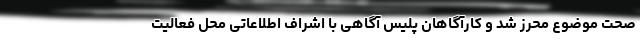
صحت موضوع محرز شد و کارآگاهان پلیس آگاهی با اشراف اطلاعاتی محل فعالیت